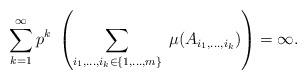
LaTeX: \begin{align*}\sum_{k=1}^{\infty}p^k\;\left(\sum_{i_1,...,i_k\in\{1,...,m\}}\;\mu(A_{i_1,...,i_k})\right)=\infty.\end{align*}